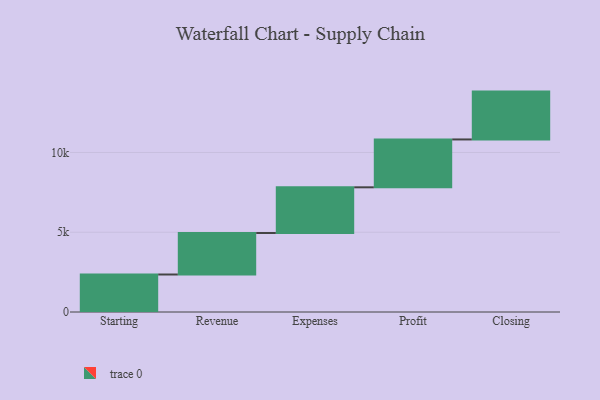
{"axis": {"x": "Step", "y": "Value"}, "legend": [""], "data": [{"x": "Starting", "y": 2351.0, "type": ""}, {"x": "Revenue", "y": 2602.0, "type": ""}, {"x": "Expenses", "y": 2864.0, "type": ""}, {"x": "Profit", "y": 3000, "type": ""}, {"x": "Closing", "y": 3000, "type": ""}]}